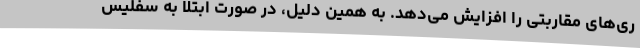
ری‌های مقاربتی را افزایش می‌دهد. به همین دلیل، در صورت ابتلا به سفلیس